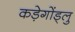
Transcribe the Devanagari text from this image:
कड़ेगोंड्लु